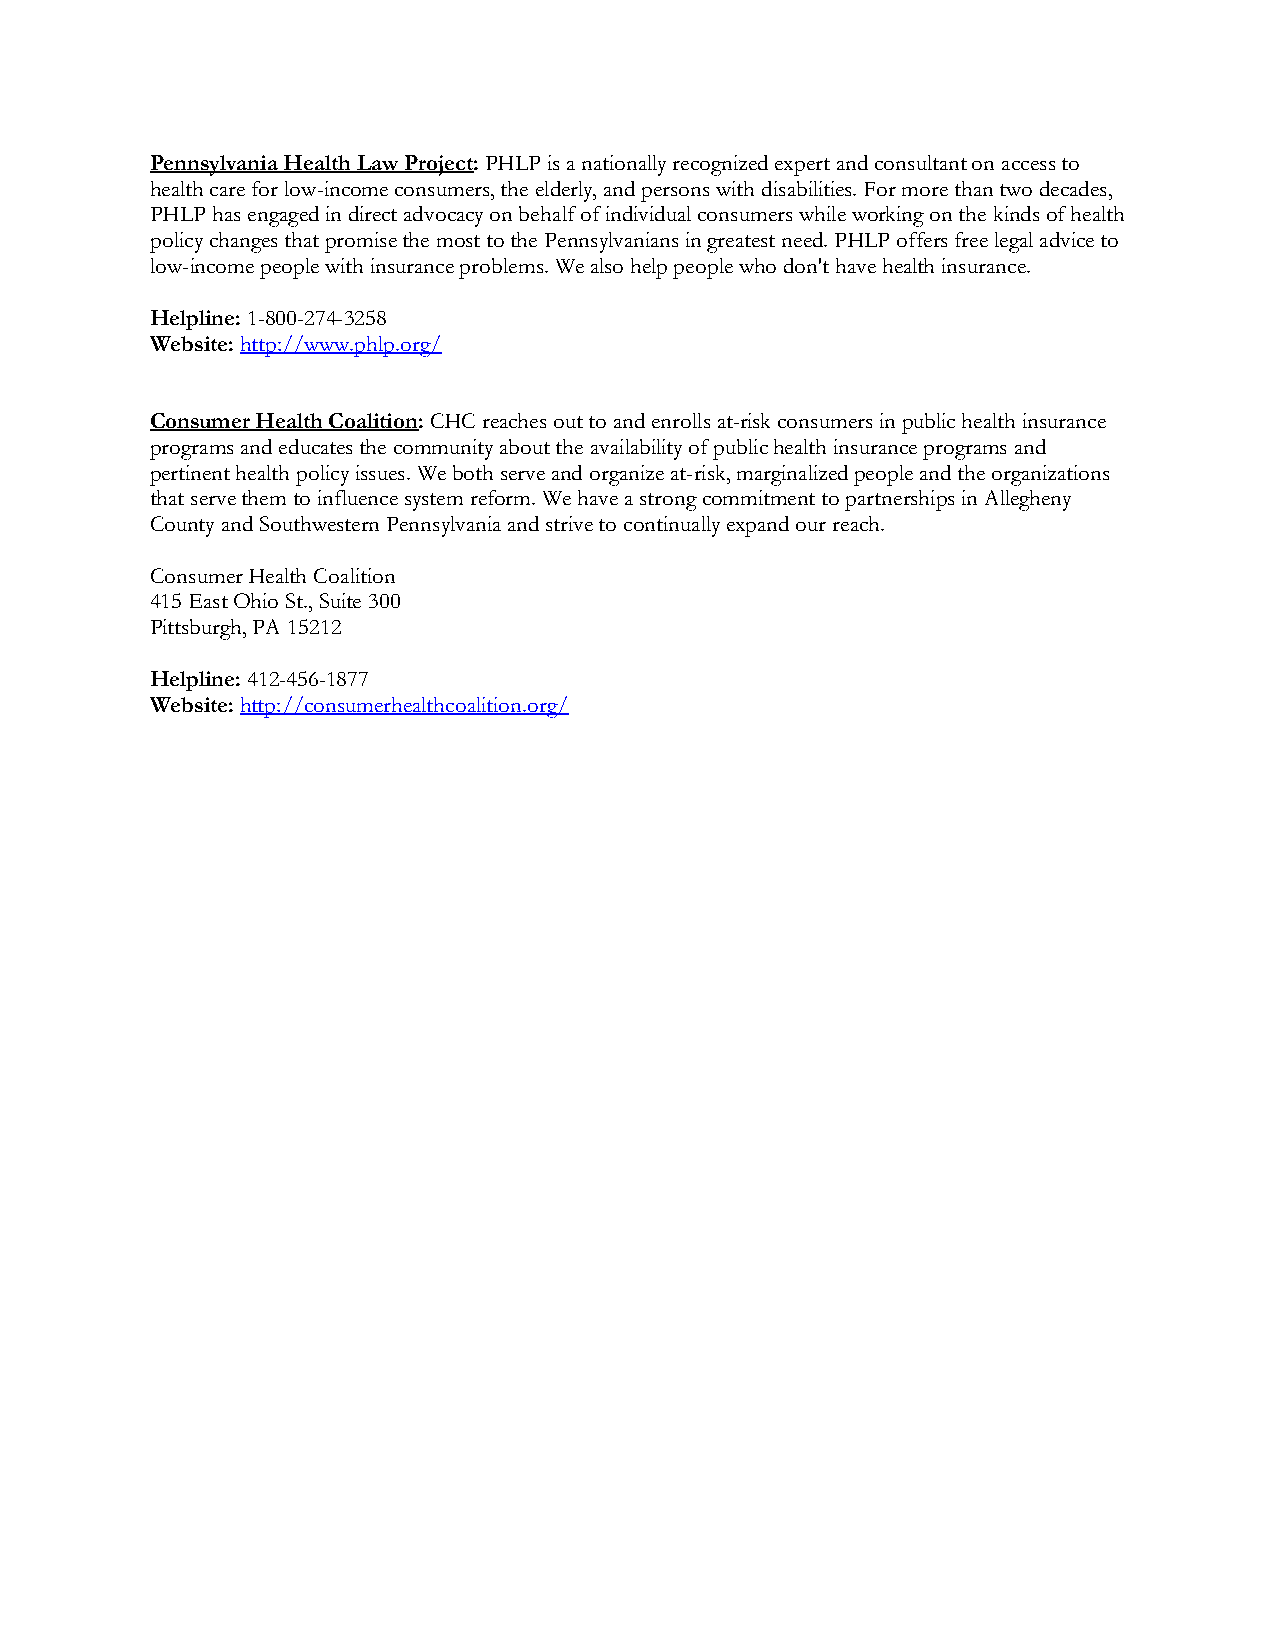
Pennsylvania Health Law Project: PHLP is a nationally recognized expert and consultant on access to
 health care for low-income consumers, the elderly, and persons with disabilities. For more than two decades,
 PHLP has engaged in direct advocacy on behalf of individual consumers while working on the kinds of health
 policy changes that promise the most to the Pennsylvanians in greatest need. PHLP offers free legal advice to
 low-income people with insurance problems. We also help people who don't have health insurance.
 Helpline: 1-800-274-3258
 Website: http://www.phlp.org/
 Consumer Health Coalition: CHC reaches out to and enrolls at-risk consumers in public health insurance
 programs and educates the community about the availability of public health insurance programs and
 pertinent health policy issues. We both serve and organize at-risk, marginalized people and the organizations
 that serve them to influence system reform. We have a strong commitment to partnerships in Allegheny
 County and Southwestern Pennsylvania and strive to continually expand our reach.
 Consumer Health Coalition
 415 East Ohio St., Suite 300
 Pittsburgh, PA 15212
 Helpline: 412-456-1877
 Website: http://consumerhealthcoalition.org/